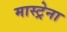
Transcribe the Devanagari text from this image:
मास्ट्रेना